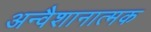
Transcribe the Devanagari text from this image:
अन्वैशानात्मक